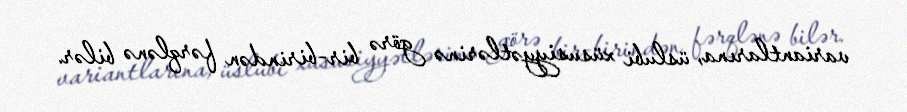
variantlarına, üslubi xüsusiyyətlərinə görə bir-birindən fərqlənə bilər.